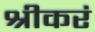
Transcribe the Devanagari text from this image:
श्रीकरं